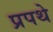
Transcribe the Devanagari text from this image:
प्रपथे